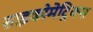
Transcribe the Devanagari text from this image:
साइकोमेट्रिक्स